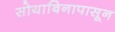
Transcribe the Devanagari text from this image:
सोयाबिनापासून